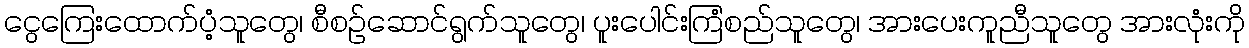
ငွေကြေးထောက်ပံ့သူတွေ၊ စီစဉ်ဆောင်ရွက်သူတွေ၊ ပူးပေါင်းကြံစည်သူတွေ၊ အားပေးကူညီသူတွေ အားလုံးကို